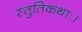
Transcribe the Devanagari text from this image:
स्तुतिकथाः।